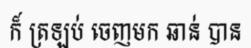
ក៏ ត្រឡប់ ចេញមក ឆាន់ បាន